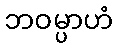
ဘဝမ္ပာဟံ